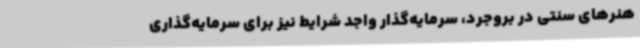
هنرهای سنتی در بروجرد، سرمایه‌گذار واجد شرایط نیز برای سرمایه‌گذاری